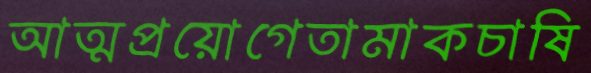
আত্মপ্রয়োগেতামাকচাষি